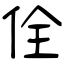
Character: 佺